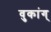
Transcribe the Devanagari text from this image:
वुकांग्